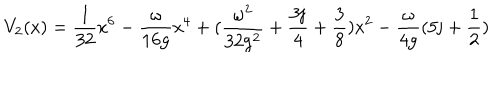
V _ { 2 } ( \mathrm { x ) = \frac { 1 } { 3 2 } \mathrm { x ^ { 6 } - \frac { \ o m e g a } { 1 6 \mathrm { g } } \mathrm { x ^ { 4 } + ( \frac { \ o m e g a ^ { 2 } } { 3 2 \mathrm { g ^ { 2 } } } + \frac { 3 j } { 4 } + \frac { 3 } { 8 } ) \mathrm { x ^ { 2 } - \frac { \ o m e g a } { 4 \mathrm { g } } ( 5 j + \frac { 1 } { 2 } ) } } } }